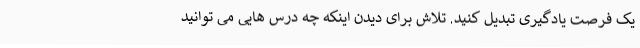
یک فرصت یادگیری تبدیل کنید. تلاش برای دیدن اینکه چه درس هایی می توانید